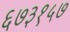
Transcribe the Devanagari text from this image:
६७३१५७